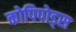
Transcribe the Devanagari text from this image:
कोपिपोड्स